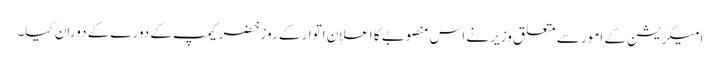
امیگریشن کے امور سے متعلق وزیر نے اس منصوبے کا اعلان اتوار کے روز خضر کیمپ کے دورے کے دوران کیا۔